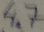
Text: 4.7